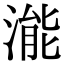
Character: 㴰